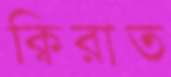
ক্বিরাত